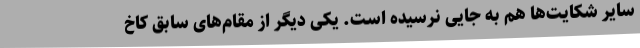
سایر شکایت‌ها هم به جایی نرسیده است. یکی دیگر از مقام‌های سابق کاخ